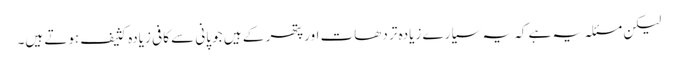
لیکن مسئلہ یہ ہے کہ یہ سیارے زیادہ تر دھات اور پتھر کے ہیں جو پانی سے کافی زیادہ کثیف ہوتے ہیں۔